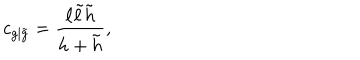
LaTeX: c _ { g | \tilde { g } } = \frac { \ell \tilde { \ell } \tilde { h } } { h + \tilde { h } } ,